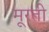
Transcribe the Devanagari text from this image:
मूरती